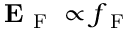
\mathbf { E } _ { \mathrm { ~ F ~ } } \propto f _ { \mathrm { ~ F ~ } }